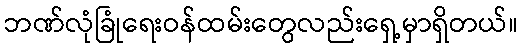
ဘဏ်လုံခြုံရေးဝန်ထမ်းတွေလည်းရှေ့မှာရှိတယ်။